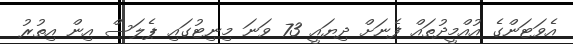
އެވަޓަންގެ އުއްމީދުތައް ފެނަށް ދިޔައީ 73 ވަނަ މިނިޓުގައި ޕެލަސް އިން އިތުރު